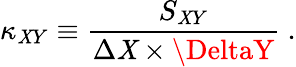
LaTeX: \kappa_{\mathit{X}Y}\equiv\frac{{S_{\mathit{X}Y}}}{{\Delta\mathit{X}\times\DeltaY}}~.